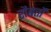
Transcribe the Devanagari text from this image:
रौबर्तो